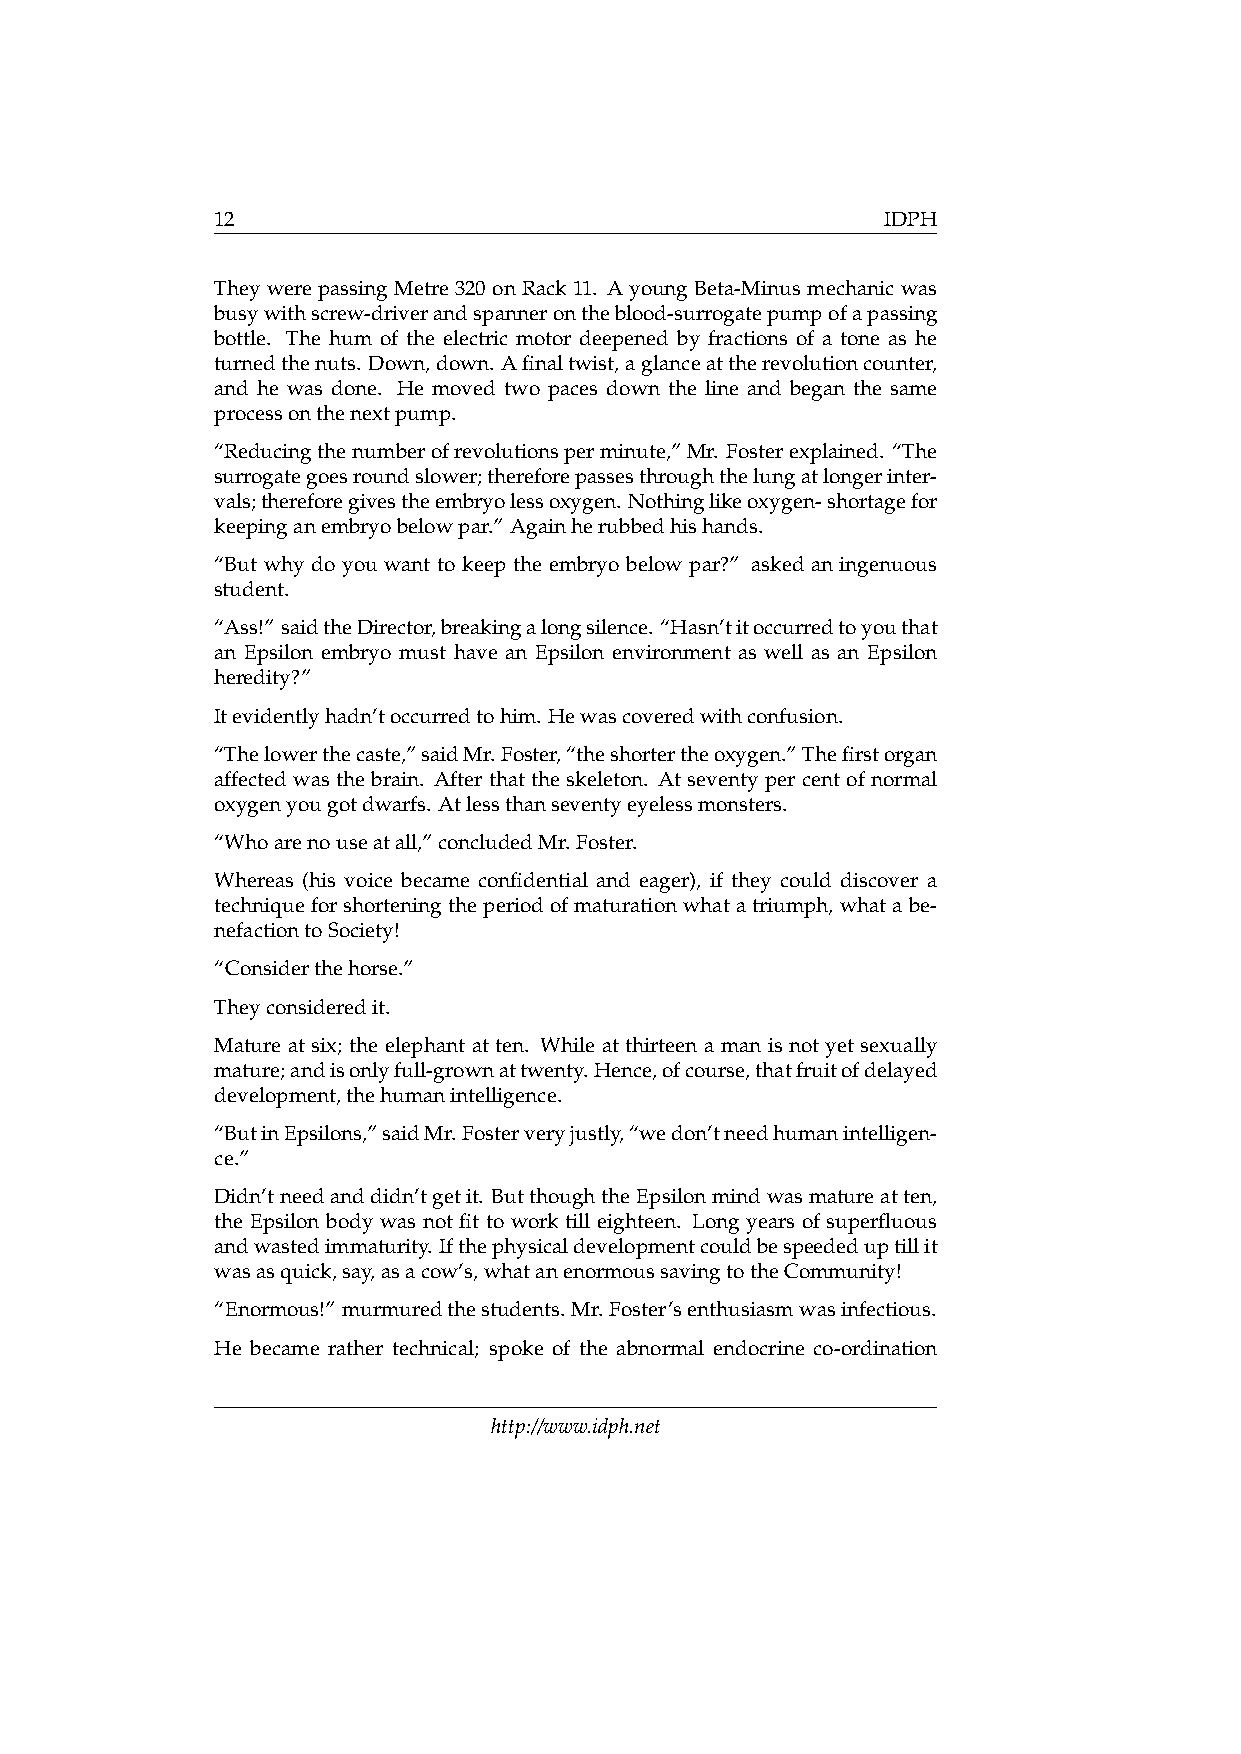
12                                           IDPH
 TheywerepassingMetre320onRack11. AyoungBeta-Minusmechanicwas
 busywithscrew-driverandspannerontheblood-surrogatepumpofapassing
 bottle. The hum of the electric motor deepened by fractions of a tone as he
 turnedthenuts. Down,down. Afinaltwist,aglanceattherevolutioncounter,
 and he was done. He moved two paces down the line and began the same
 processonthenextpump.
 “Reducingthenumberofrevolutionsperminute,”Mr. Fosterexplained. “The
 surrogategoesroundslower;thereforepassesthroughthelungatlongerinter-
 vals;thereforegivestheembryolessoxygen. Nothinglikeoxygen-shortagefor
 keepinganembryobelowpar.” Againherubbedhishands.
 “But why do you want to keep the embryo below par?” asked an ingenuous
 student.
 “Ass!”saidtheDirector,breakingalongsilence.“Hasn’titoccurredtoyouthat
 an Epsilon embryo must have an Epsilon environment as well as an Epsilon
 heredity?”
 Itevidentlyhadn’toccurredtohim. Hewascoveredwithconfusion.
 “Thelowerthecaste,”saidMr. Foster,“theshortertheoxygen.” Thefirstorgan
 affected was the brain. After that the skeleton. At seventy per cent of normal
 oxygenyougotdwarfs. Atlessthanseventyeyelessmonsters.
 “Whoarenouseatall,”concludedMr. Foster.
 Whereas (his voice became confidential and eager), if they could discover a
 techniqueforshorteningtheperiodofmaturationwhatatriumph,whatabe-
 nefactiontoSociety!
 “Considerthehorse.”
 Theyconsideredit.
 Mature at six; the elephant at ten. While at thirteen a man is not yet sexually
 mature;andisonlyfull-grownattwenty. Hence,ofcourse,thatfruitofdelayed
 development,thehumanintelligence.
 “ButinEpsilons,”saidMr. Fosterveryjustly,“wedon’tneedhumanintelligen-
 ce.”
 Didn’tneedanddidn’tgetit. ButthoughtheEpsilonmindwasmatureatten,
 the Epsilon body was not fit to work till eighteen. Long years of superfluous
 andwastedimmaturity. Ifthephysicaldevelopmentcouldbespeededuptillit
 wasasquick,say,asacow’s,whatanenormoussavingtotheCommunity!
 “Enormous!” murmuredthestudents. Mr. Foster’senthusiasmwasinfectious.
 He became rather technical; spoke of the abnormal endocrine co-ordination
 http://www.idph.net